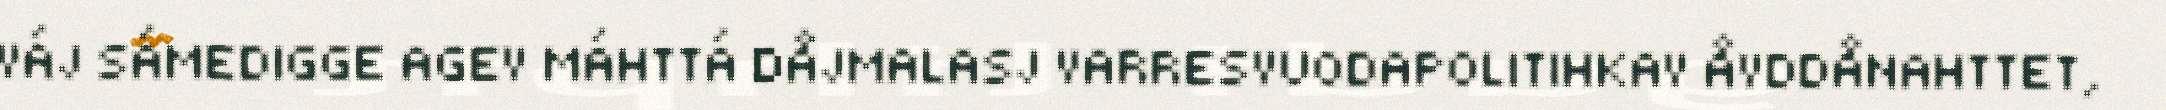
VÁJ SÁMEDIGGE AGEV MÁHTTÁ DÅJMALASJ VARRESVUODAPOLITIHKAV ÅVDDÅNAHTTET,